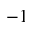
^ { - 1 }